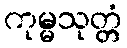
ကုမ္မသုတ္တံ